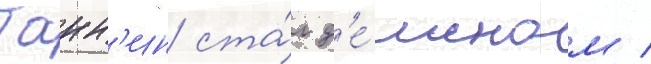
Танн'ин ста́л д'е́моном /